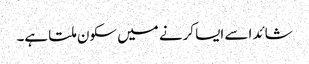
شائد اسے ایسا کرنے میں سکون ملتا ہے۔